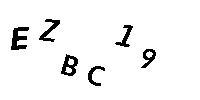
EZBC19